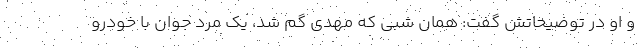
و او در توضیحاتش گفت: همان شبی که مهدی گم شد، یک مرد جوان با خودرو